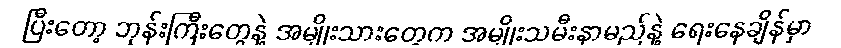
ပြီးတော့ ဘုန်းကြီးတွေနဲ့ အမျိုးသားတွေက အမျိုးသမီးနာမည်နဲ့ ရေးနေချိန်မှာ